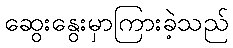
ဆွေးနွေးမှာကြားခဲ့သည်